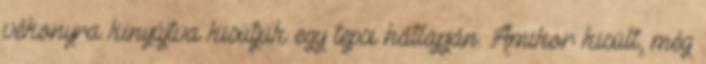
vékonyra kinyújtva kisütjük egy tepsi hátlapján. Amikor kisült, még